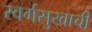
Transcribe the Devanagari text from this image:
स्वर्गसुखाची